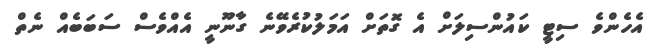
އެހެންވެ ސިޓީ ކައުންސިލަށް އެ ގޮތަށް އަމަލުކުރެވޭނެ ގާނޫނީ އެއްވެސް ސަބަބެއް ނެތް